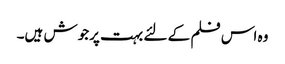
وہ اس فلم کے لئے بہت پرجوش ہیں۔